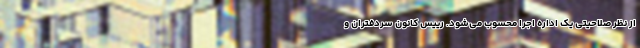
از نظر صلاحیتی یک اداره اجرا محسوب می‌شود. رییس کانون سردفتران و